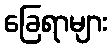
ခြေရာများ